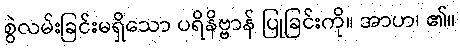
စွဲလမ်းခြင်းမရှိသော ပရိနိဗ္ဗာန် ပြုခြင်းကို။ အာဟ၊ ၏။